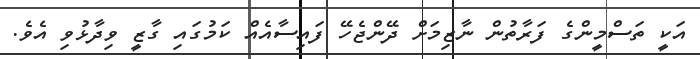
އަކީ ތަސްމީންގެ ފަރާތުން ނާޒިމަށް ދޭންޖެހޭ ފައިސާއެއް ކަމުގައި ގާޒީ ވިދާޅުވި އެވެ.